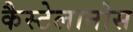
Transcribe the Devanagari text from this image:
कैस्टेलानोस